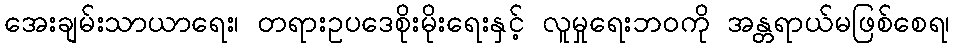
အေးချမ်းသာယာရေး၊ တရားဥပဒေစိုးမိုးရေးနှင့် လူမှုရေးဘဝကို အန္တရာယ်မဖြစ်စေရ၊